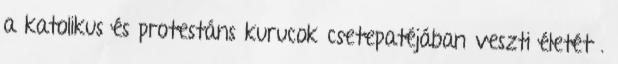
a katolikus és protestáns kurucok csetepatéjában veszti életét .